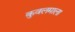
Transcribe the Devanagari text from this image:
कुवलमाला